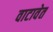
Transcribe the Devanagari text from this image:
वाटावेत